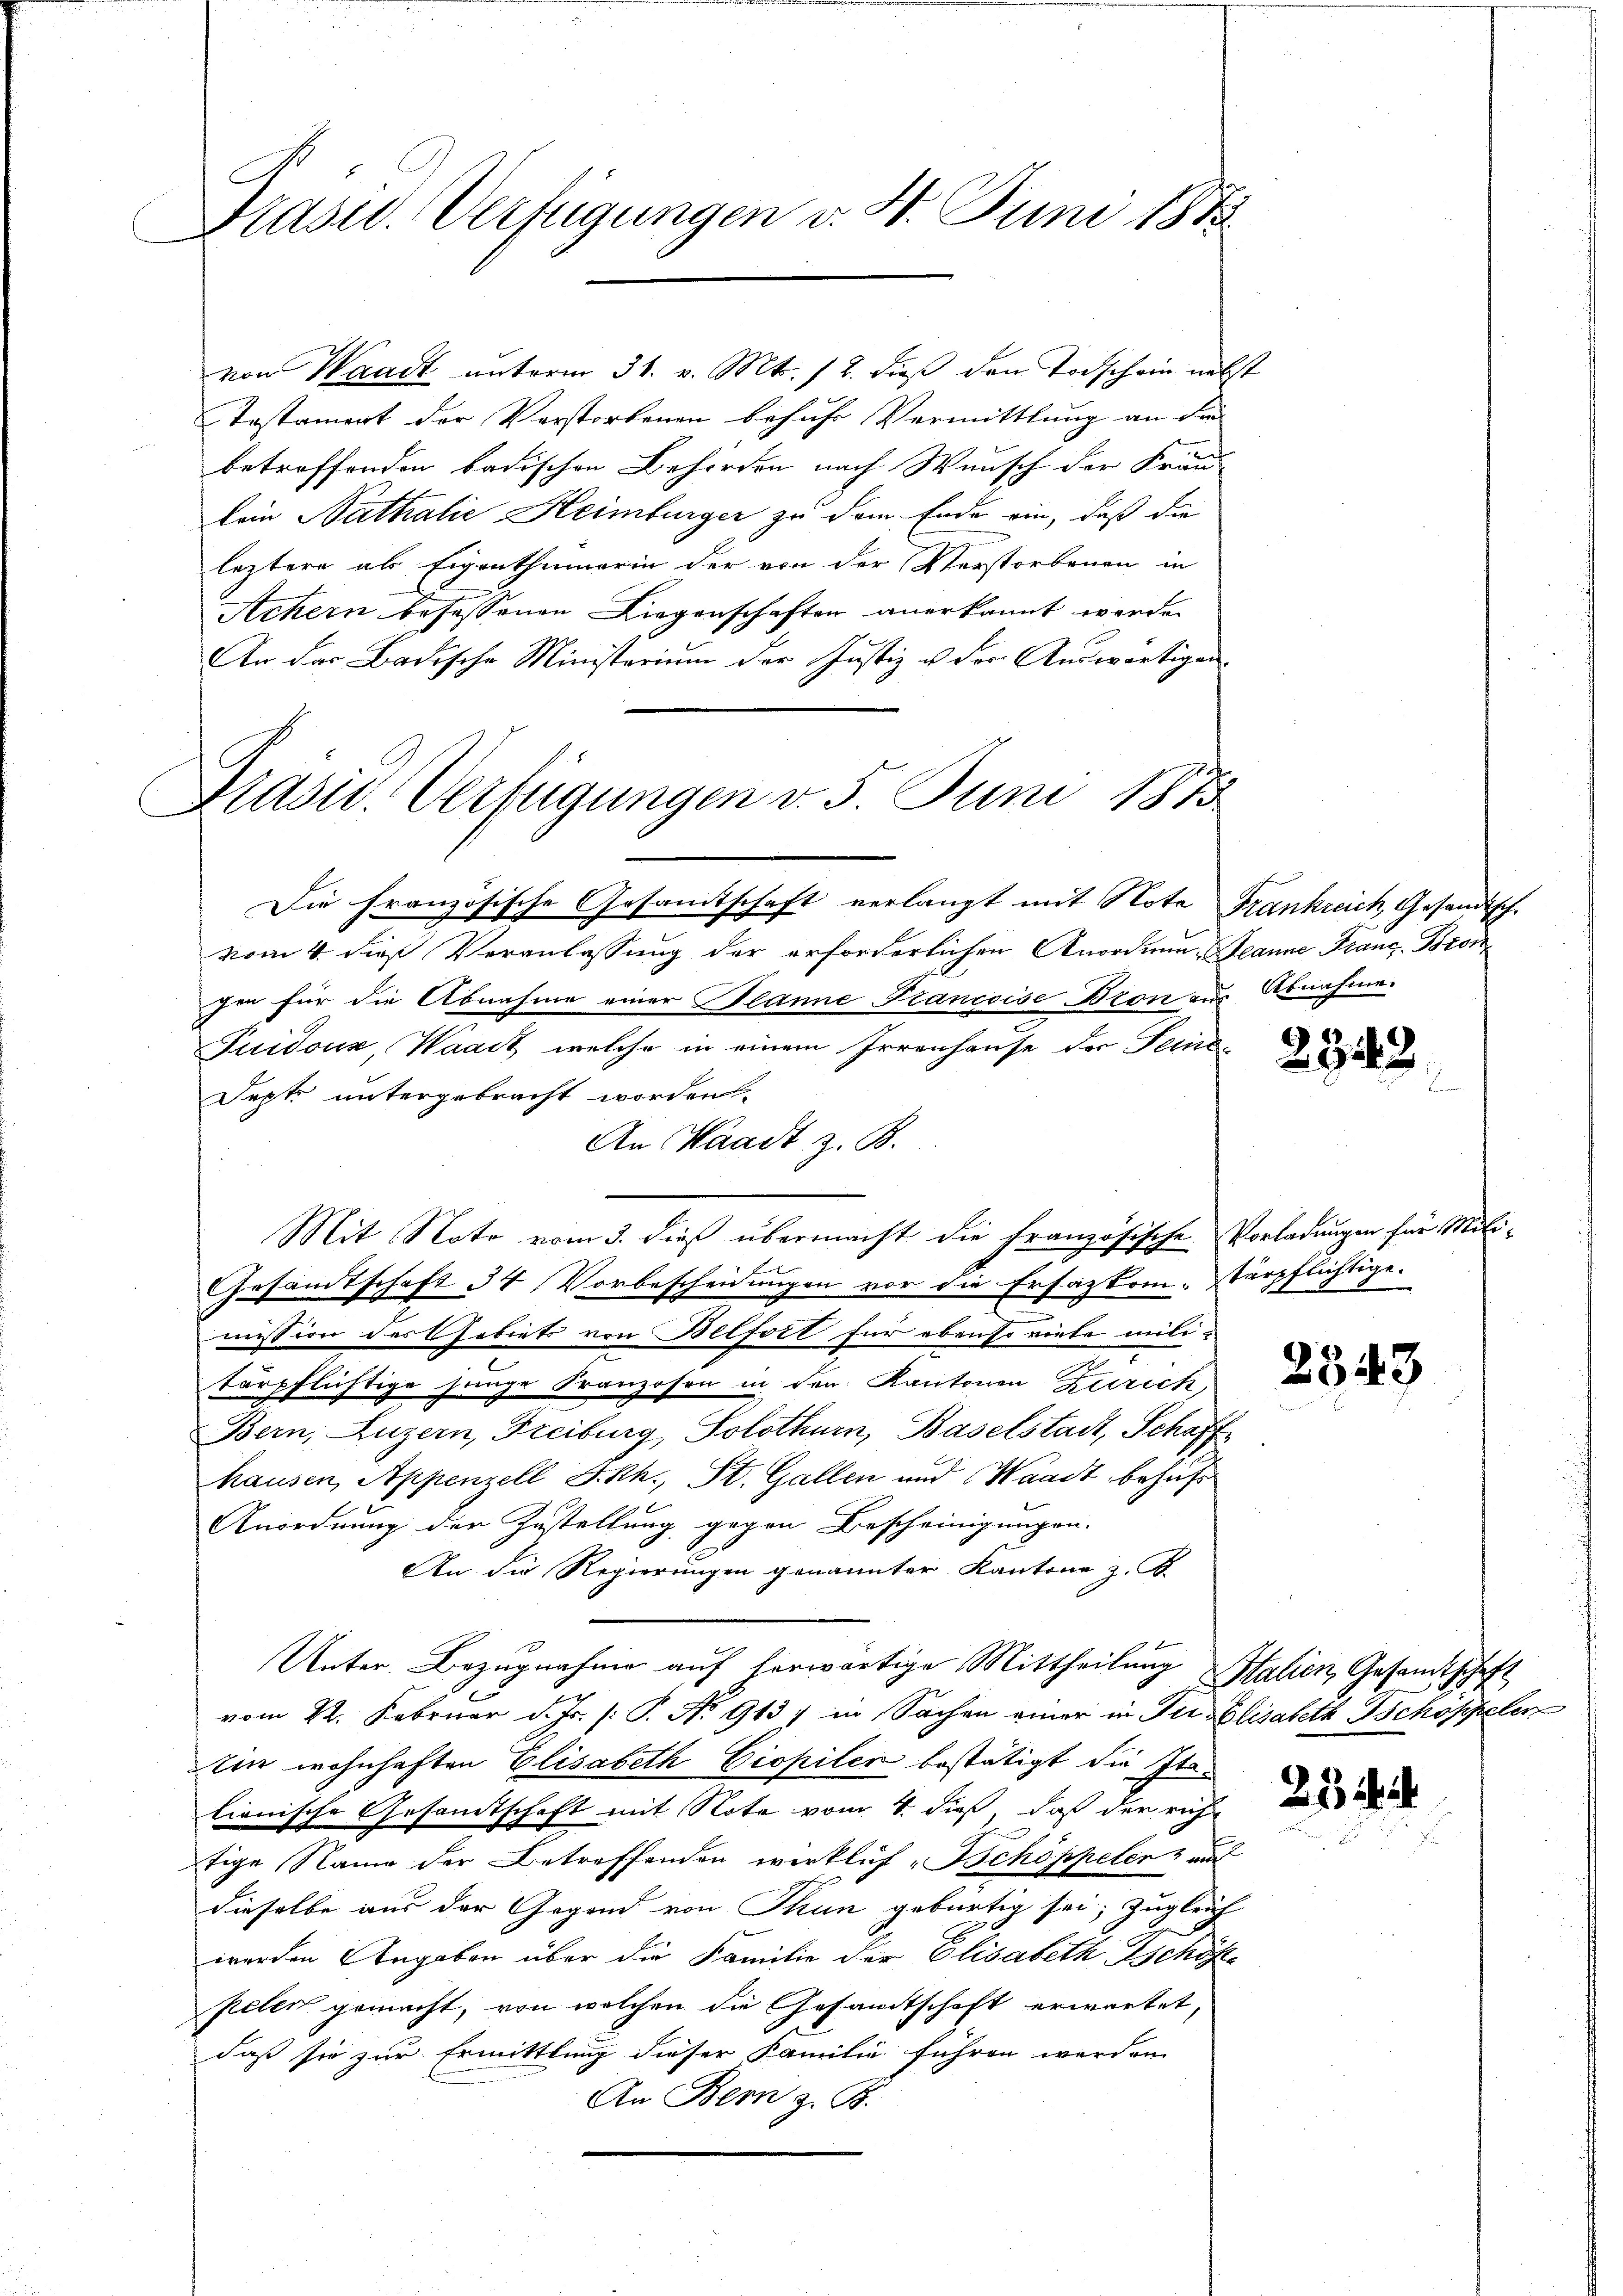
Prasw. Verfügungen v. 4. Juni 1873.

von Waadt unterm 31. v. Mts. 12. dieß den Todschein neb
Testament der Verstorbenen behuhr Vermittlung an die
betroffenden badischen Behörden nach Wunsch der Frau-
kein Nathalie Heimburger zu dem Ende ein, daß die
leztere als Eigenthumerin der von der Verstorbenen in
Achern befassenen Liegenschaften anerkannt werden
An das Badische Ministerium der Justiz u. der Auswärtigen¬
Die Französische Gesamtschaft verlangt mit Note Frankreich, Gesandtsch-
vom 4. dieß Veranlassung der erforderlichen Anordnung Jeanne Franz. Bron
gen für die Abnahme einer Planne Francoise Bron aus Abnahme.
Tuidouz, Waadt, welche in einem Irrenhause der Feie
Sept. untergebracht worden.
An Waadt z. B.
Mit Note vom 3. dieß übermacht die Französische Vorladungen für Mili¬
Gesandtschaft 34 Vorbescheidungen vor die Ersazkom- Verpflichtige.
mission des Gebiets von Belfort für ebenso viele miti-
tärpflichtige Junge Franzosen in den Kantonen Zürich,
Bern, Luzern, Freiburg, Solothurn, Baselstadt, Schaff
hausen, Appenzell I.Rh., St. Gallen und Waadt behufs
Anordnung der Zustellung gegen Bescheinigungen.
An die Regierungen genannter Kantone z. B.
Unter Bezugnahme auf herwärtige Mittheilung Stalien, Gesandtschaft
vom 22. Februar d. Js. [: P. No 913) in Sachen einer in der Elisabeth Schoppeler
ten wohnhaften Elisabeth Ciopilen bestätigt die Italionische Gesamtschaft mit Note vom 4. dieß, daß der ruh
tige Name der Betreffenden wirklich Schöppeler auf
dieselbe aus der Gegend von Thun gebürtig sei, zugleich
werden Angaben über die Familie der Elisabeth Schöfte
peler gemacht, von welchen die Gesandtschaft erwartet,
daß sie zur Ermittlung dieser Familie führen werden.
An Bern z. B.

Prasis. Verfügungen d. 5. Juni 1873

2

2343

2343

231